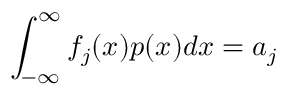
\int _ { - \infty } ^ { \infty } f _ { j } ( x ) p ( x ) d x = a _ { j }